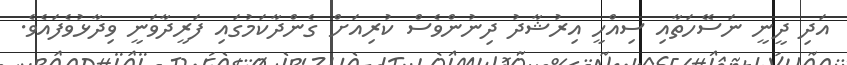
އަދި ދީނީ ނަސޭހަތާއި ސިއްހީ އިރުޝާދު ދިނުންވެސް ކުރިއަށް ގެންދާކަމުގައި ފަރީދާވަނީ ވިދާޅުވެފައެވެ.